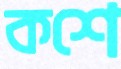
কশে